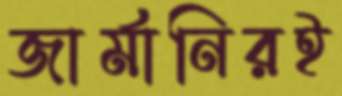
জার্মানিরই